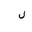
Letter: _lam